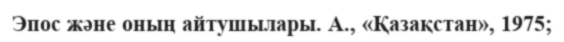
Эпос және оның айтушылары. А., «Қазақстан», 1975;